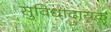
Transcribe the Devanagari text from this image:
सुविधादायक